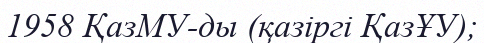
1958 ҚазМУ-ды (қазіргі ҚазҰУ);